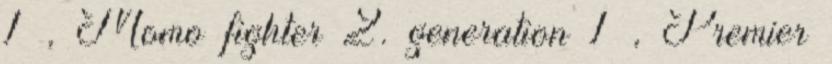
1 , Momo fighter 2. generation 1 , Premier